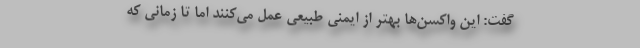
گفت: این واکسن‌ها بهتر از ایمنی طبیعی عمل می‌کنند اما تا زمانی که